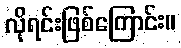
လိုရင်းဖြစ်ကြောင်း။